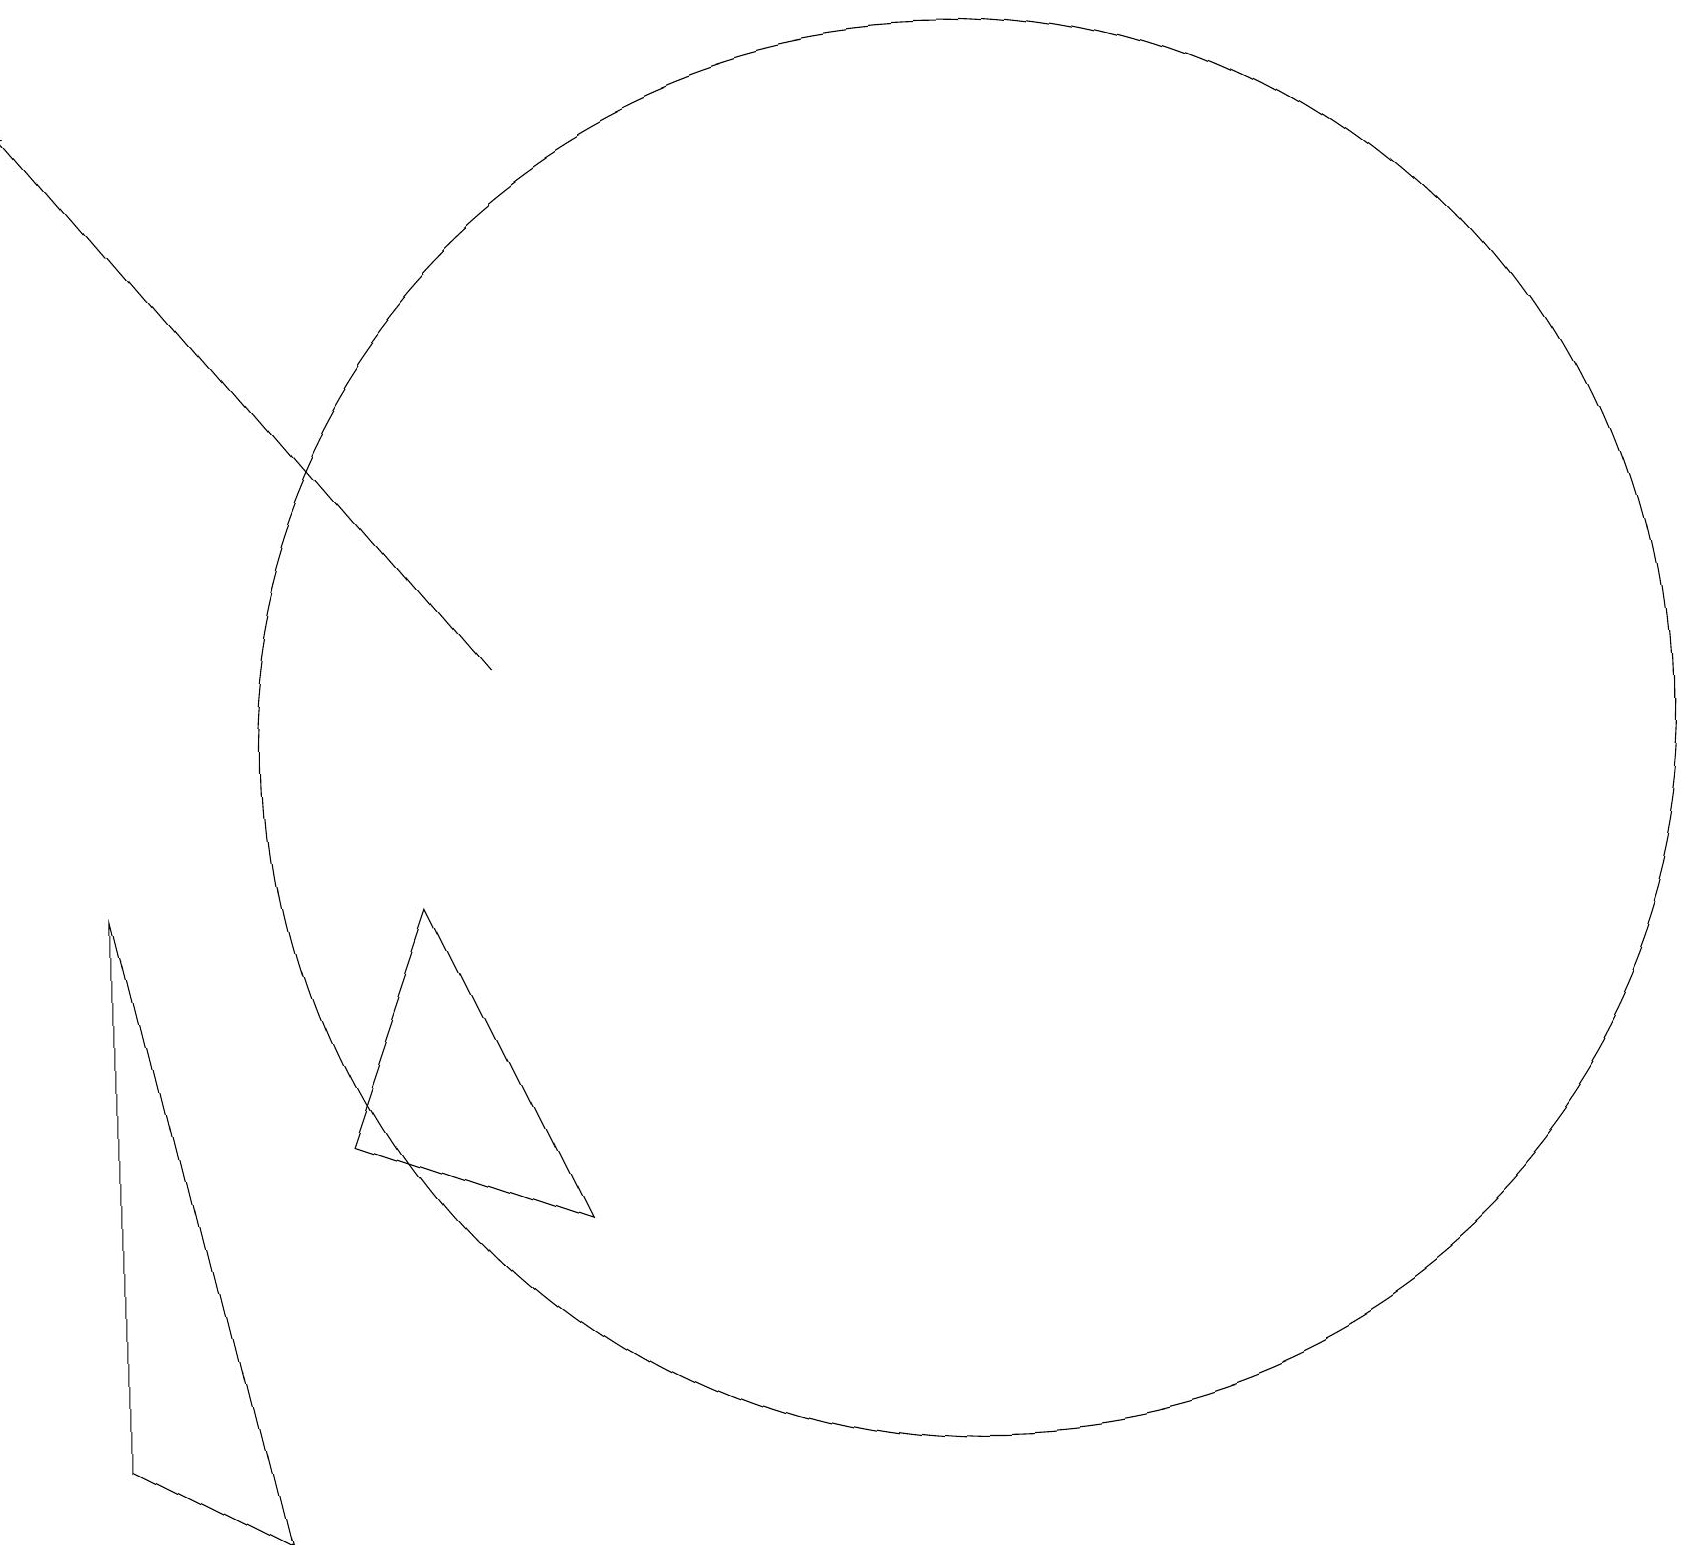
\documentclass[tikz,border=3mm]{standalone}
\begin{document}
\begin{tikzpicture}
\draw[->] (6,11) -- (0,18);
\draw (12,10) circle (9);
\draw (7,4) -- (4,5) -- (5,8) -- cycle;
\draw (3,0) -- (1,8) -- (1,1) -- cycle;
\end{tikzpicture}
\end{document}